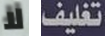
لا تغليف